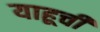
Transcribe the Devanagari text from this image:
याहूची